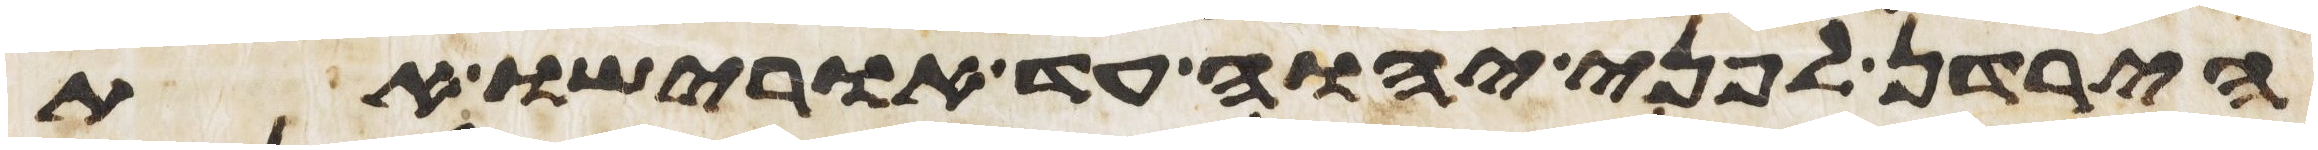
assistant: הירדן לפני יהוה עד אורישו את